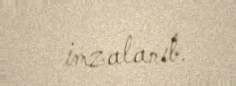
imzalanıb.